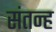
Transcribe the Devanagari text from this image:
संतन्ह